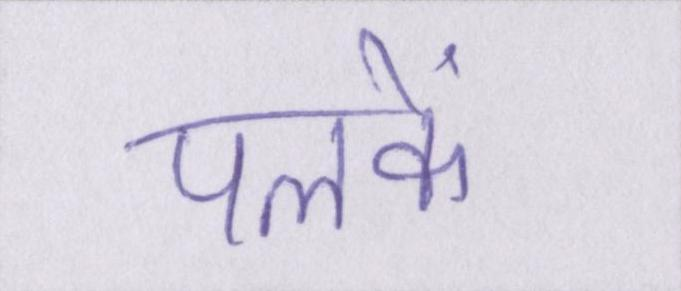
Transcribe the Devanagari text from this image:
पलकें